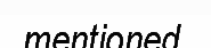
mentioned